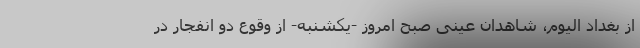
از بغداد الیوم، شاهدان عینی صبح امروز -یکشنبه- از وقوع دو انفجار در